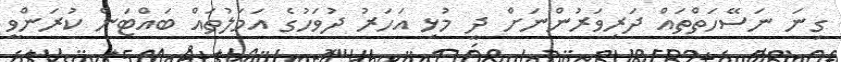
ގިނަ ނަސޭހަތްތައް ދަރިވަރުންނަށް ދީ މުޅި އަހަރު ދުވަހުގެ އަމަލުތައް ބައްޓަން ކުރަންވީ